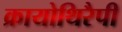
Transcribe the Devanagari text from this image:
क्रायोथिरैपी